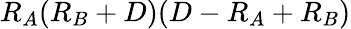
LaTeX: R_{A}(R_{B}+D)(D-R_{A}+R_{B})